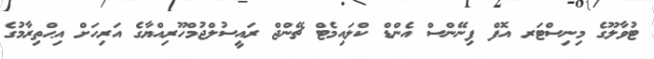
ޓުވާލޫގެ މިނިސްޓަރ އޮފް ފިނޭންސް އެންޑް ކްލައިމެޓް ޗޭންޖް ރައީސުލްޖުމްހޫރިއްޔާގެ އަރިހަށް އިޙްތިރާމުގެ